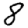
Digit: 8